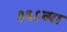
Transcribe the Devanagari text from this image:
३६८व्या